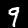
Label: 9